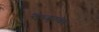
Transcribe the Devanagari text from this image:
ऐज्जूरुंवर